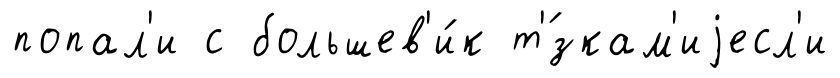
попал'и с большев'и́к т'́зкам'иjесл'и